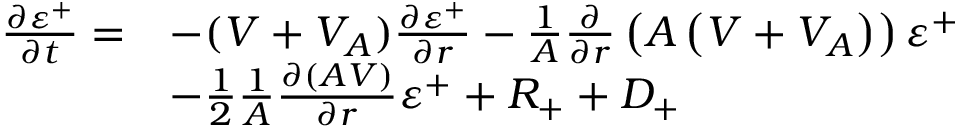
\begin{array} { r l } { \frac { \partial \varepsilon ^ { + } } { \partial t } = } & { - ( V + V _ { A } ) \frac { \partial \varepsilon ^ { + } } { \partial r } - \frac { 1 } { A } \frac { \partial } { \partial r } \left( A \left( V + V _ { A } \right) \right) \varepsilon ^ { + } } \\ & { - \frac { 1 } { 2 } \frac { 1 } { A } \frac { \partial ( A V ) } { \partial r } \varepsilon ^ { + } + R _ { + } + D _ { + } } \end{array}